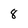
Character: 8